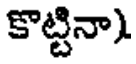
కొట్టినా)